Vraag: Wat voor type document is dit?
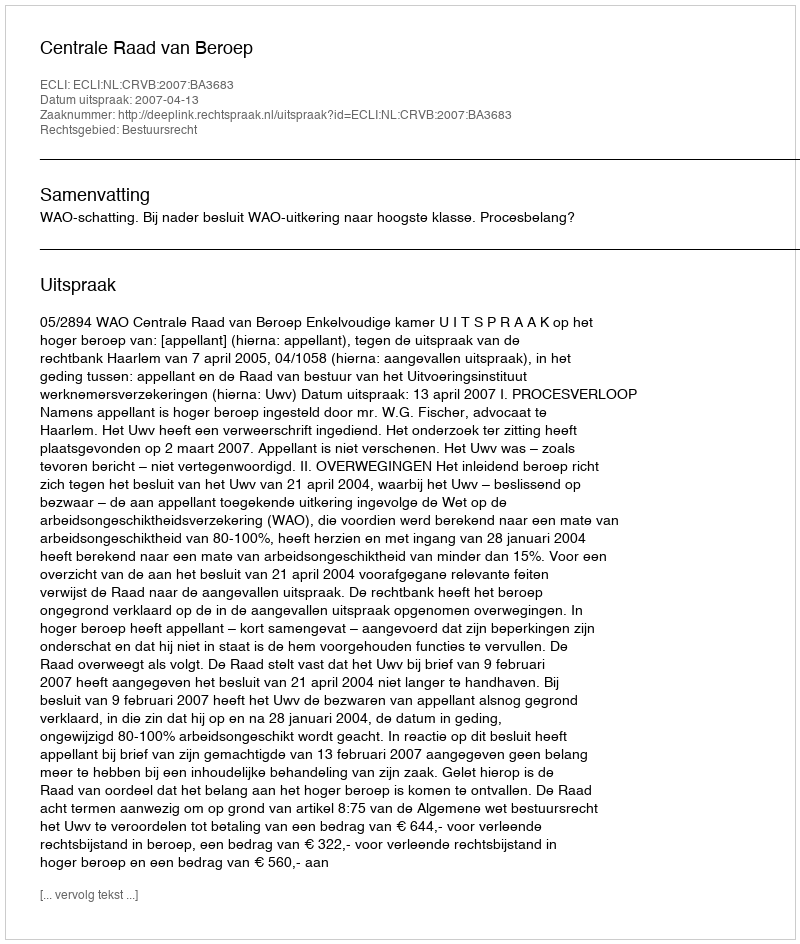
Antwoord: Uitspraak